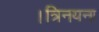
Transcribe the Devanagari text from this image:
।त्रिनयना